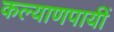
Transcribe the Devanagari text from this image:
कल्याणपायीं